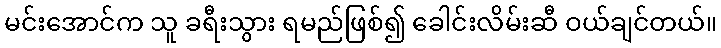
မင်းအောင်က သူ ခရီးသွား ရမည်ဖြစ်၍ ခေါင်းလိမ်းဆီ ဝယ်ချင်တယ်။